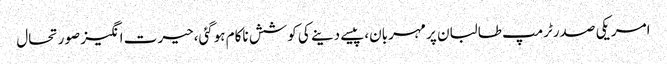
امریکی صدرٹرمپ طالبان پر مہربان،پیسے دینے کی کوشش ناکام ہوگئی،حیرت انگیز صورتحال